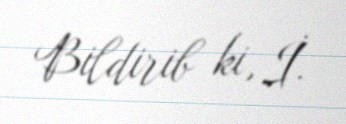
Bildirib ki, İ.